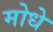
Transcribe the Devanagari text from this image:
मोधे